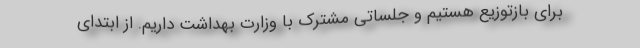
برای بازتوزیع هستیم و جلساتی مشترک با وزارت بهداشت داریم. از ابتدای